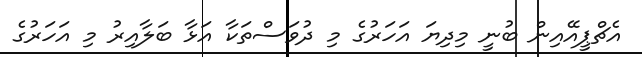
އެޗްޕީއޭއިން ބުނީ މިދިޔަ އަހަރުގެ މި ދުވަސްތަކާ އަޅާ ބަލާއިރު މި އަހަރުގެ